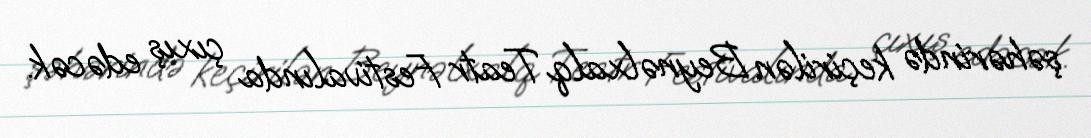
şəhərində keçirilən Beynəlxalq Teatr Festivalında çıxış edəcək.